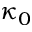
\kappa _ { 0 }